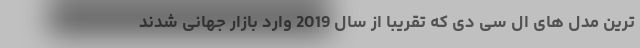
ترین مدل های ال سی دی که تقریبا از سال 2019 وارد بازار جهانی شدند